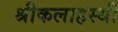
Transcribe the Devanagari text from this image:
श्रीकलाहस्थी